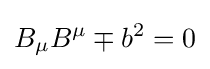
B_{\mu }B^{\mu }\mp b^{2}=0